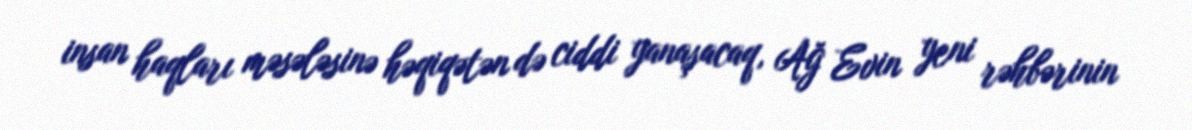
insan haqları məsələsinə həqiqətən də ciddi yanaşacaq, Ağ Evin yeni rəhbərinin